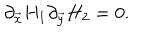
\partial _ { \vec { x } } H _ { 1 } \partial _ { \vec { y } } H _ { 2 } = 0 .